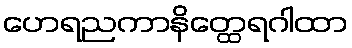
ဟေရညကာနိတ္ထေရဂါထာ